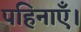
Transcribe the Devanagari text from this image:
पहिनाएँ।